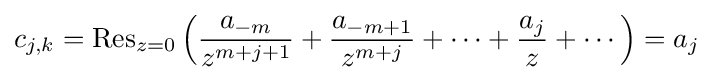
c_{j,k}=\operatorname {Res} _{z=0}\left({\frac {a_{-m}}{z^{m+j+1}}}+{\frac {a_{-m+1}}{z^{m+j}}}+\cdots +{\frac {a_{j}}{z}}+\cdots \right)=a_{j}